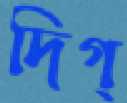
দিগ্